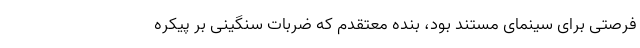
فرصتی برای سینمای مستند بود، بنده معتقدم که ضربات سنگینی بر پیکره